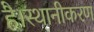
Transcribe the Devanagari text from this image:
है।स्थानीकरण